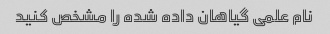
نام علمی گیاهان داده شده را مشخص کنید